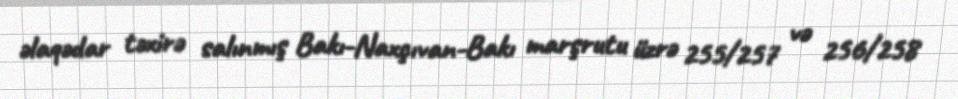
əlaqədar təxirə salınmış Bakı-Naxçıvan-Bakı marşrutu üzrə 255/257 və 256/258